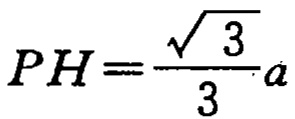
\(PH=\frac{\sqrt{3}}{3}a\)